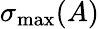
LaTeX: \sigma_{\mathrm{max}}(A)